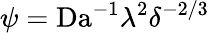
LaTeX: \psi=\textrm{Da}^{-1}\lambda^{2}\delta^{-2/3}